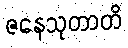
ဇနေသုတာတိ